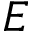
E